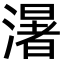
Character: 濐